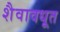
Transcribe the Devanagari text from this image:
शैवावधूत